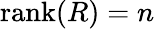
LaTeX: \mathrm{rank}(R)=n